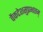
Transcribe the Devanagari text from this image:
वेंकटेशसुप्रभातम्